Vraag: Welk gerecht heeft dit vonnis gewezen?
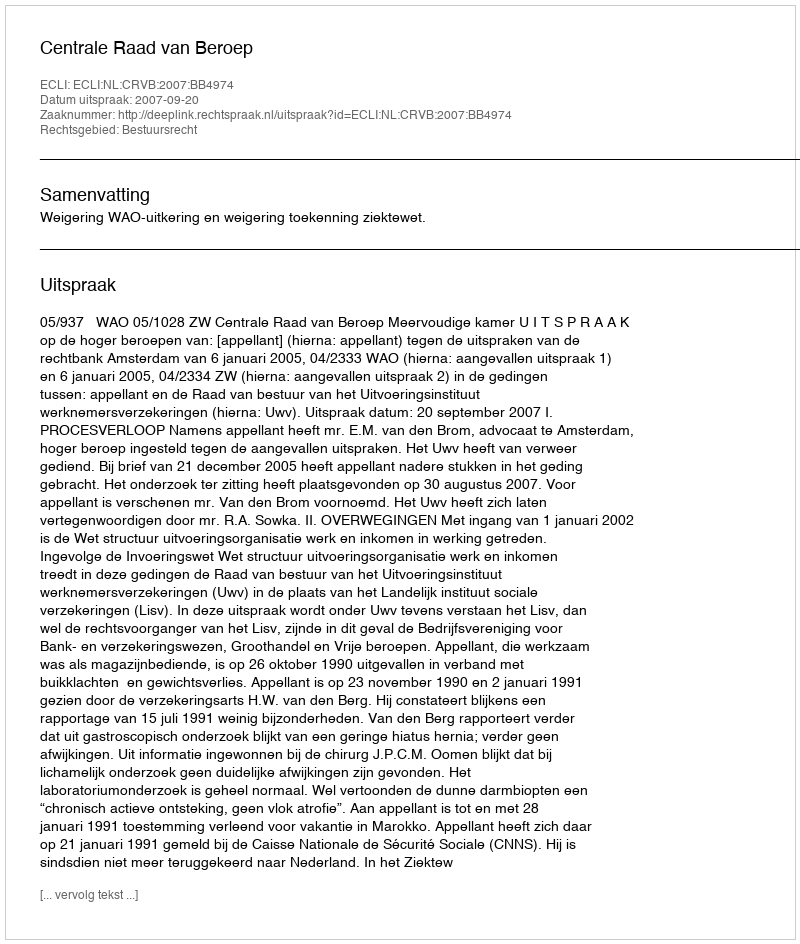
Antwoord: Centrale Raad van Beroep